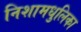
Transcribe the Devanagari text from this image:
निशामधुलिका